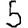
Digit: 5